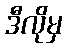
ဒီလိုမှ